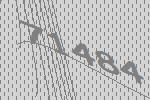
71484